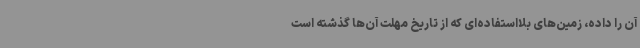
آن را داده، زمین‌های بلااستفاده‌ای که از تاریخ مهلت آن‌ها گذشته است